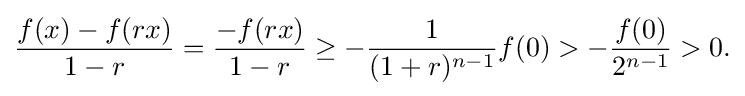
\displaystyle {{f(x)-f(rx) \over 1-r}={-f(rx) \over 1-r}\geq -{1 \over (1+r)^{n-1}}f(0)>-{f(0) \over 2^{n-1}}>0.}